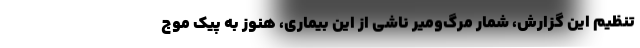
تنظیم این گزارش، شمار مرگ‌ومیر ناشی از این بیماری، هنوز به پیک موج